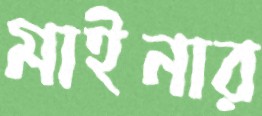
মাইনার